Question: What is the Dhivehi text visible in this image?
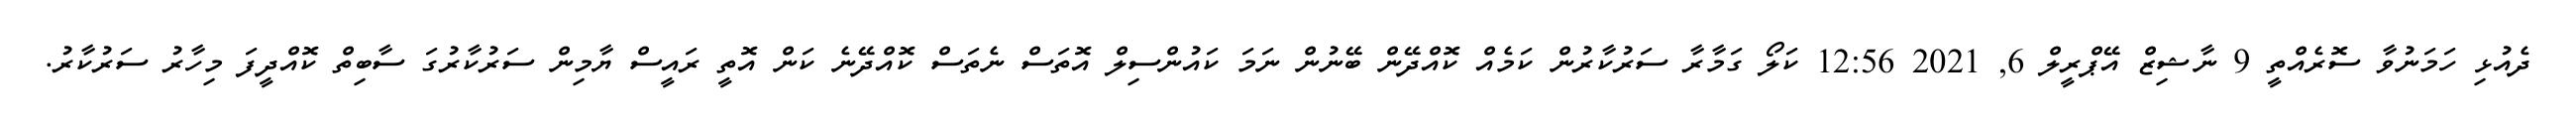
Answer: ދެއުޅި ހަމަނުވާ ސޮރެއްތީ 9 ނާޝިޒް އޭޕްރީލް 6, 2021 12:56 ކަލޯ ގަމާރާ ސަރުކާރުން ކަމެއް ކޮއްދޭން ބޭނުން ނަމަ ކައުންސިލް އޮތަސް ނެތަސް ކޮއްދޭނެ ކަން އޮތީ ރައީސް ޔާމިން ސަރުކާރުގަ ސާބިތް ކޮއްދީފަ މިހާރު ސަރުކާރު.